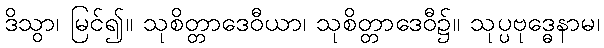
ဒိသွာ၊ မြင်၍။ သုစိတ္တာဒေဝီယာ၊ သုစိတ္တာဒေဝီ၌။ သုပ္ပဗုဒ္ဓေနာမ၊